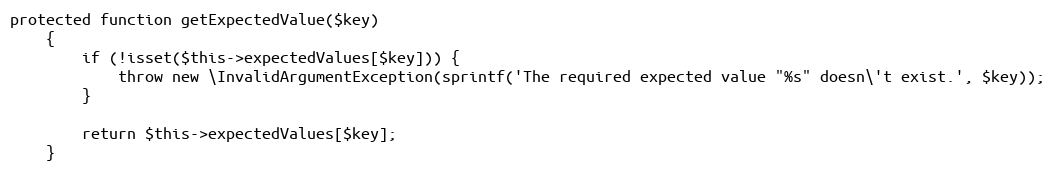
Language: PHP
protected function getExpectedValue($key)
    {
        if (!isset($this->expectedValues[$key])) {
            throw new \InvalidArgumentException(sprintf('The required expected value "%s" doesn\'t exist.', $key));
        }

        return $this->expectedValues[$key];
    }